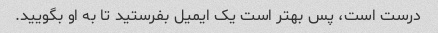
درست است، پس بهتر است یک ایمیل بفرستید تا به او بگویید.